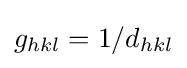
g_{hkl}=1/d_{hkl}